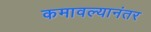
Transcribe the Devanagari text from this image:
कमावल्यानंतर